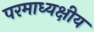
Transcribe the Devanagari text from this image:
परमाध्यक्षीय